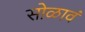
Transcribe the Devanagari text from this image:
सोळावं